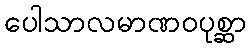
ပေါသာလမာဏဝပုစ္ဆာ